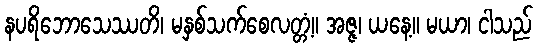
နပရိဘောသေဿတိ၊ မနှစ်သက်စေလတ္တံ့။ အဇ္ဇ၊ ယနေ့။ မယာ၊ ငါသည်